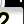
Digit: 2